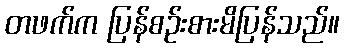
တဖက်က ပြန်စဉ်းစားမိပြန်သည်။